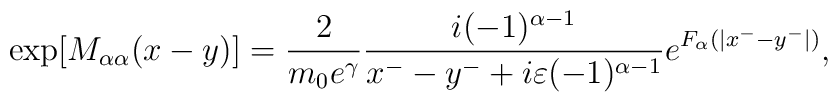
{\rm exp}[M_{{\alpha}{\alpha}}(x-y)]=\frac{2}{m_0e^{\gamma}}\frac{i(-1)^{{\alpha}-1}}{x^--y^-+i{\varepsilon}(-1)^{{\alpha}-1}}e^{F_{\alpha}(|x^--y^-|)},